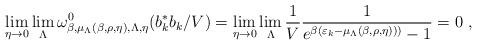
LaTeX: \begin{align*}\lim_{\eta \rightarrow 0}\lim_{\Lambda}\omega_{\beta,{\mu}_{\Lambda}(\beta,{\rho}, \eta),\Lambda,\eta}^{0}({b^{*}_{k}b_{k}}/{V}) =\lim_{\eta \rightarrow 0}\lim_{\Lambda} \frac{1}{V}\frac{1}{e^{\beta(\varepsilon_{{k}}- {\mu}_{\Lambda} (\beta,{\rho}, \eta)))}-1} = 0 \ ,\end{align*}